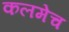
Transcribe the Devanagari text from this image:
कलमेच